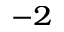
^ { - 2 }